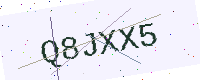
Text: Q8JXX5